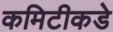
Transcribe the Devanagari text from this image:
कमिटीकडे